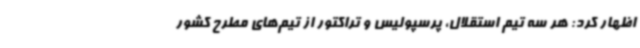
اظهار کرد: هر سه تیم استقلال، پرسپولیس و تراکتور از تیم‌های مطرح کشور